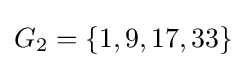
G_{2}=\{1,9,17,33\}